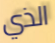
الذي